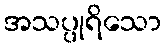
အသပ္ပုရိသော